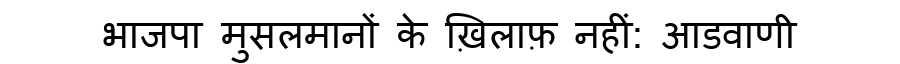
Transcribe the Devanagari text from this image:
भाजपा मुसलमानों के ख़िलाफ़ नहीं: आडवाणी